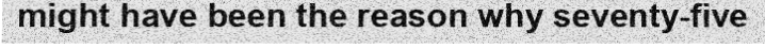
might have been the reason why seventy-five